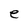
Character: e